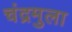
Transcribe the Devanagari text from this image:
चंद्रमुला